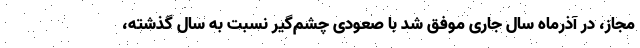
مجاز، در آذرماه سال جاری موفق شد با صعودی چشم‌گیر نسبت به سال گذشته،